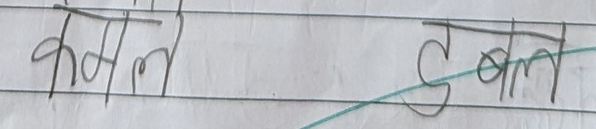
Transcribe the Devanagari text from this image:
कमले डबल